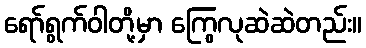
ရော်ရွက်ဝါတို့မှာ ကြွေလုဆဲဆဲတည်း။